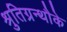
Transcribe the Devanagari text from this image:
श्रुतिग्रन्थौके